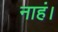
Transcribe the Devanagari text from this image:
नाहं।